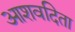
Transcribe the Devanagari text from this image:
आशवदिता